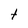
Character: t